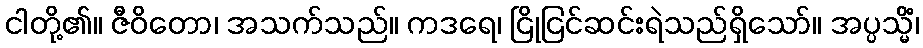
ငါတို့၏။ ဇီဝိတော၊ အသက်သည်။ ကဒရေ၊ ငြိုငြင်ဆင်းရဲသည်ရှိသော်။ အပ္ပသ္မိံ၊